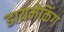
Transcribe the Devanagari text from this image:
डायमेकिंग